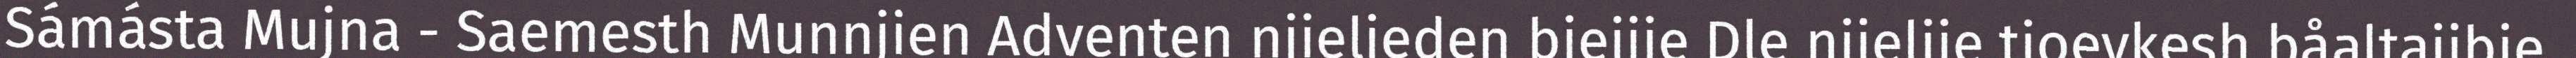
Sámásta Mujna - Saemesth Munnjien Adventen njieljeden biejjie Dle njieljie tjoevkesh båaltajibie.